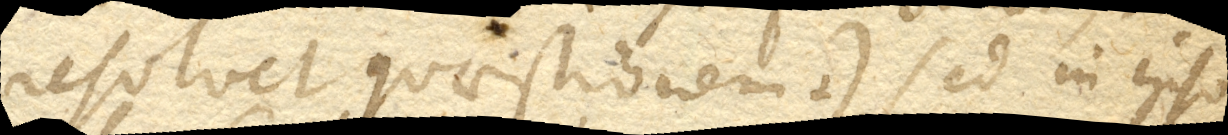
resolvet quaestionem +) sed in ipso